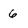
Character: 6